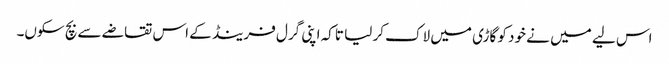
اس لیے میں نے خود کو گاڑی میں لاک کر لیا تاکہ اپنی گرل فرینڈ کے اس تقاضے سے بچ سکوں۔